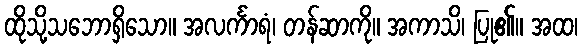
ထိုသို့သဘောရှိသော။ အလင်္ကာရံ၊ တန်ဆာကို။ အကာသိ၊ ပြု၏။ အထ၊